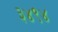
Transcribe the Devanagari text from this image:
३४९४